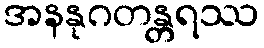
အနနုဂတန္တရဿ